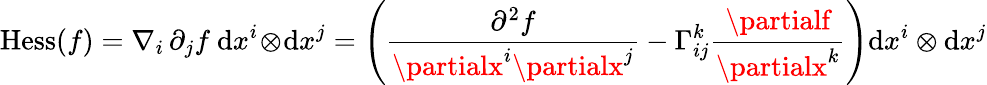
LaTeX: \operatorname{Hess}(f)=\nabla_{i}\, \partial_{j}f\ \mathrm{d}x^{i}\! \otimes\! \mathrm{d}x^{j}=\left({\frac{{\partial^{2}f}}{{\partialx^{i}\partialx^{j}}}}-\Gamma_{ij}^{k}{\frac{{\partialf}}{{\partialx^{k}}}}\right)\mathrm{d}x^{i}\otimes\mathrm{d}x^{j}